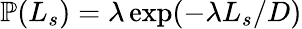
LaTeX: \mathbb{P}(L_{s})=\lambda\exp(-\lambda L_{s}/D)